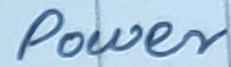
Text: power